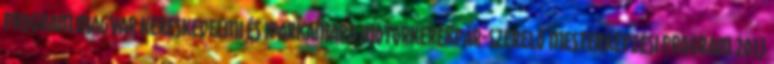
PROGRAM MAGYAR KERESKEDELMI ÉS IPARKAMARA MOTORKERÉKPÁR-SZERELŐ MESTERKÉPZÉSI PROGRAM 2013